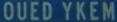
QUÉD YKEM